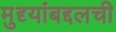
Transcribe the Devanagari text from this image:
मुद्द्यांबद्दलची